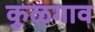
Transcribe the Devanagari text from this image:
कुळगाव